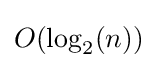
O(\log _{2}(n))